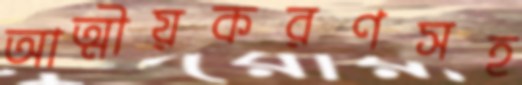
আত্মীয়করণসহ